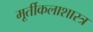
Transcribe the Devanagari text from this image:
मूर्तीकलाशास्त्र